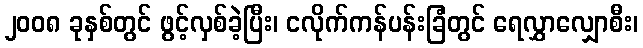
၂၀၀၈ ခုနှစ်တွင် ဖွင့်လှစ်ခဲ့ပြီး၊ ငလိုက်ကန်ပန်းခြံတွင် ရေလွှာလျှောစီး၊